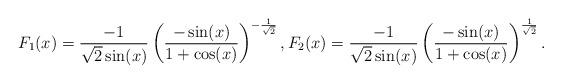
LaTeX: \begin{align*}F_1(x)=\frac{-1}{\sqrt{2}\sin(x)}\left(\frac{-\sin(x)}{1+\cos(x)}\right)^{-\frac{1}{\sqrt{2}}},F_2(x)=\frac{-1}{\sqrt{2}\sin(x)}\left(\frac{-\sin(x)}{1+\cos(x)}\right)^{\frac{1}{\sqrt{2}}}.\end{align*}